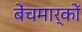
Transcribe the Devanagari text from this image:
बेंचमार्कों